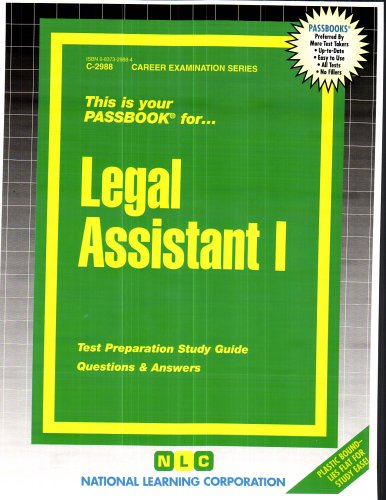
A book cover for Legal Assistant I(Passbooks); Jack Rudman; Test Preparation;